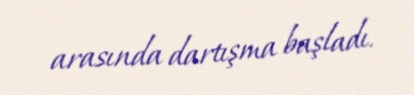
arasında dartışma başladı.